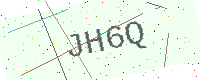
Text: JH6Q